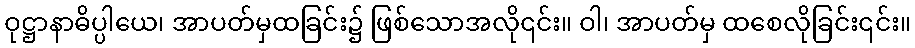
ဝုဋ္ဌာနာဓိပ္ပါယေ၊ အာပတ်မှထခြင်း၌ ဖြစ်သောအလို၎င်း။ ဝါ၊ အာပတ်မှ ထစေလိုခြင်း၎င်း။